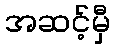
အဆင့်မှီ